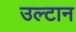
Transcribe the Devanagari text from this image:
उल्टान